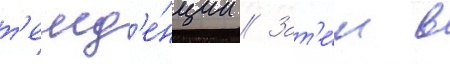
т'енд'е́нции // Зат'е́м в